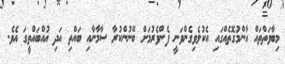
މިބާވަތްތައް އާންމުގޮތެއްގައި އެކުލެވިގެންވަނީ ފެންވެރުމަށް ބޭނުންކުރާ ސާމާނާއި ބައްތި އަދި އުއްބައްތީގަ އެވެ.